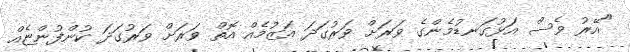
"އޭރު ވެސް އަޅުގަނޑުމެންގެ ވަރަށް ވަރުގަދަ އަޒުމެއް އޮތް ވަރަށް ވަރުގަދަ ކުންފުންޏެއް